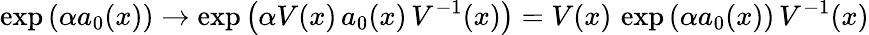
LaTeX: \exp\left(\alpha a_{0}(x)\right)\to\exp\left(\alpha V(x)\, a_{0}(x)\, V^{-1}(x)\right)=V(x)\, \exp\left(\alpha a_{0}(x)\right)\, V^{-1}(x)